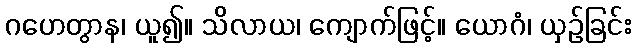
ဂဟေတွာန၊ ယူ၍။ သိလာယ၊ ကျောက်ဖြင့်။ ယောဂံ၊ ယှဉ်ခြင်း